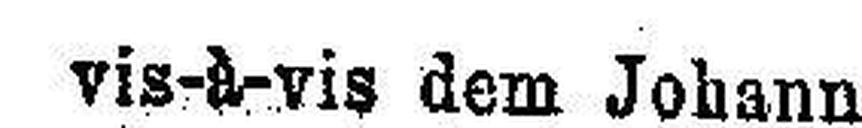
vis-à-vis dem Johann